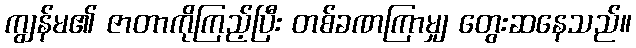
ကျွန်မ၏ ဇာတာကိုကြည့်ပြီး တစ်ခဏကြာမျှ တွေးဆနေသည်။